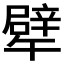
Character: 𱑔